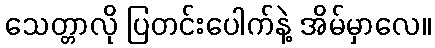
သေတ္တာလို ပြတင်းပေါက်နဲ့ အိမ်မှာလေ။